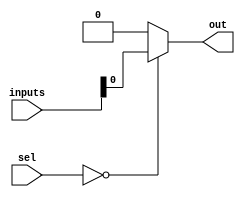
module multiplexer512to1 (
  input [511:0] inputs, // 512 input channels
  input [8:0] sel, // Control signals for input selection
  output reg out // Output channel
);

always @(*) begin
  case(sel)
    9'b000_000_000: out = inputs[0]; // Select input 0
    // Add cases for selecting other inputs based on control signals
    // Repeat the pattern for all 512 inputs
    default: out = 1'b0; // Default output value
  endcase
end

endmodule